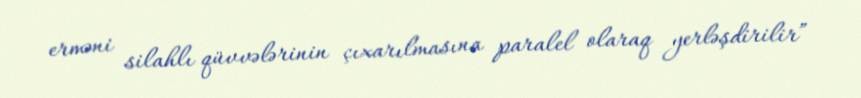
erməni silahlı qüvvələrinin çıxarılmasına paralel olaraq yerləşdirilir”